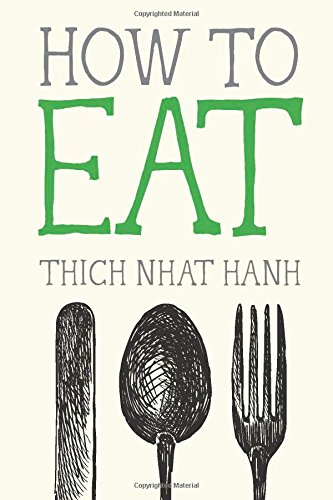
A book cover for How to Eat (Mindful Essentials); Thich Nhat Hanh; Politics & Social Sciences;